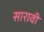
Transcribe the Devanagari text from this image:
सारावी